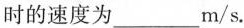
时的速度为___m/s.